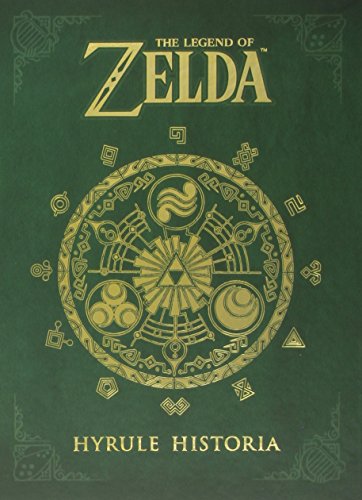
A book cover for The Legend of Zelda: Hyrule Historia; Comics & Graphic Novels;